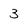
Character: 3